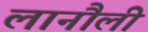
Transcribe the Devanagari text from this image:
लानौली